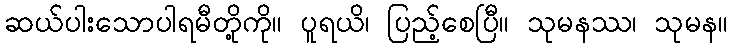
ဆယ်ပါးသောပါရမီတို့ကို။ ပူရယိ၊ ပြည့်စေပြီ။ သုမနဿ၊ သုမန။